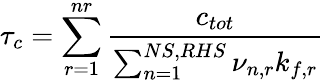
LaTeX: \tau_{c}=\sum_{r=1}^{nr}\frac{c_{tot}}{\sum_{n=1}^{NS,RHS}\nu_{n,r}k_{f,r}}